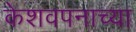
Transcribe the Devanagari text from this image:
केशवपनाच्या